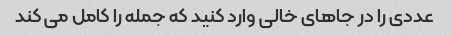
عددی را در جاهای خالی وارد کنید که جمله را کامل می کند